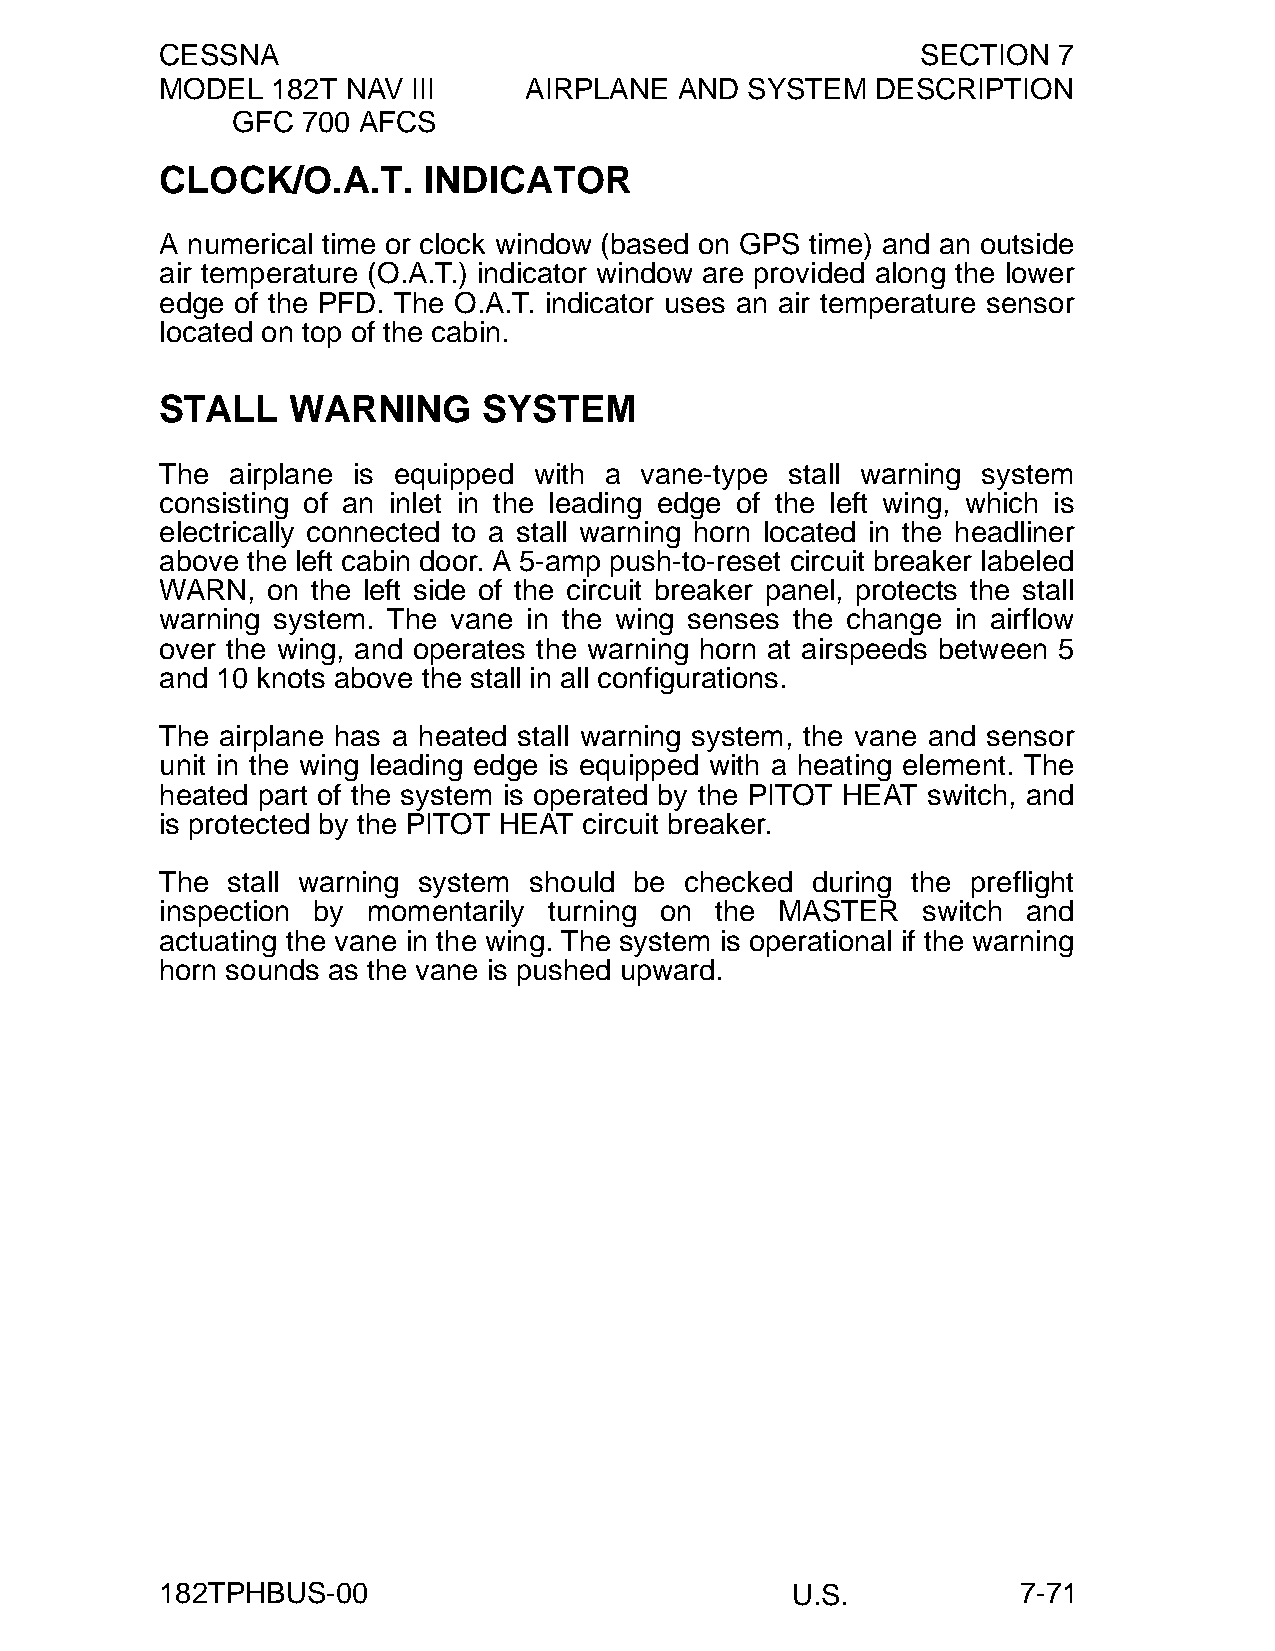
CESSNA                                            SECTION  7
 MODEL  182T NAV III     AIRPLANE  AND SYSTEM   DESCRIPTION
 GFC  700 AFCS
 CLOCK/O.A.T.     INDICATOR
 A numerical time or clock window (based on GPS time) and an outside
 air temperature (O.A.T.) indicator window are provided along the lower
 edge of the PFD. The O.A.T. indicator uses an air temperature sensor
 located on top of the cabin.
 STALL   WARNING      SYSTEM
 The airplane is equipped with a vane-type stall warning system
 consisting of an inlet in the leading edge of the left wing, which is
 electrically connected to a stall warning horn located in the headliner
 above the left cabin door. A 5-amp push-to-reset circuit breaker labeled
 WARN,  on the left side of the circuit breaker panel, protects the stall
 warning system. The vane in the wing senses the change in airflow
 over the wing, and operates the warning horn at airspeeds between 5
 and 10 knots above the stall in all configurations.
 The airplane has a heated stall warning system, the vane and sensor
 unit in the wing leading edge is equipped with a heating element. The
 heated part of the system is operated by the PITOT HEAT switch, and
 is protected by the PITOT HEAT circuit breaker.
 The stall warning system should be checked during the preflight
 inspection by momentarily turning on the MASTER   switch and
 actuating the vane in the wing. The system is operational if the warning
 horn sounds as the vane is pushed upward.
 182TPHBUS-00                             U.S.            7-71